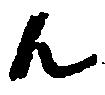
ん